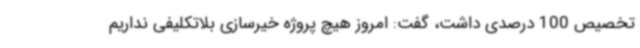
تخصیص 100 درصدی داشت، گفت: امروز هیچ پروژه خیرسازی بلاتکلیفی نداریم